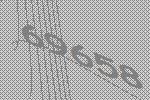
69658